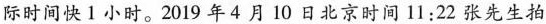
际时间快1小时。2019年4月10日北京时间11:22张先生拍